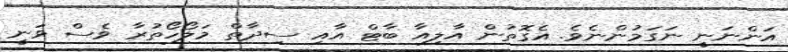
އަންނަނީ ނަގަމުންނެވެ. އެގޮތުން އާލިއާ ބާޓް އާއި ސިދާތް މަލޯހޯތުރާ ވެސް ވަނީ